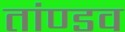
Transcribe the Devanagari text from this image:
तांण्डव